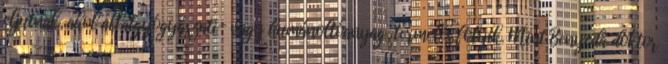
eljutnak, ahol állatgyógyászati- vagy humánoltóanyag-termelés folyik. Mint Benyeda doktor